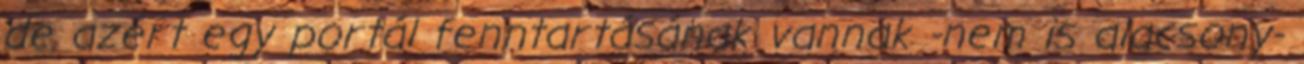
de azért egy portál fenntartásának vannak -nem is alacsony-